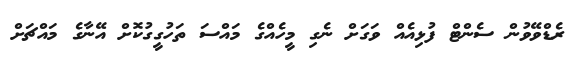
ރެޑްވޭވުން ސެންޓް ފުޅިއެއް ވަގަށް ނެގި މީހެއްގެ މައްސަ ތަހުގީގުކޮށް އޭނާގެ މައްޗަށް